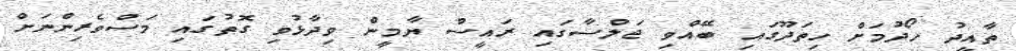
ތާއީދު ހޯދުމަށް ހިތަދޫގައި ބޭއްވި ޖަލްސާގައި ރައީސް ޔާމީން ވިދާޅުވި ގޮތުގައި މަސްވެރިންނަށް